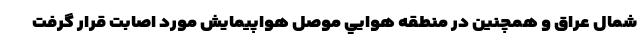
شمال عراق و همچنين در منطقه هوايي موصل هواپيمايش مورد اصابت قرار گرفت